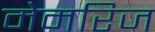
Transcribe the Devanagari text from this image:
मेमरिज